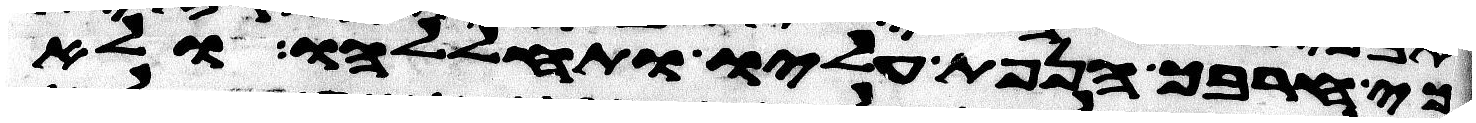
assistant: כי חרבך הנפת עליו ותחללהו ולא